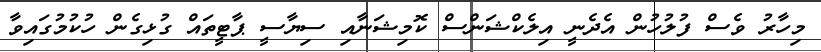
މިހާރު ވެސް ފުލުހުން އެދެނީ އިލެކްޝަންސް ކޮމިޝަނާއި ސިޔާސީ ޕާޓީތައް ގުޅިގެން ހުކުމުގައިވާ